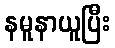
နမူနာယူပြီး